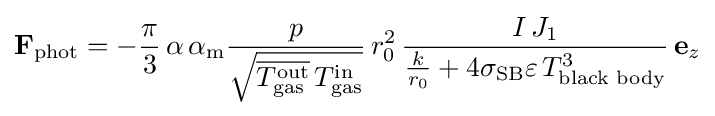
\mathbf {F} _{\text{phot}}=-{\frac {\pi }{3}}\,\alpha \,\alpha _{\text{m}}{\frac {p}{\sqrt {{\overline {T_{\text{gas}}^{\text{out}}}}\,T_{\text{gas}}^{\text{in}}}}}\,r_{0}^{2}\,{\frac {I\,J_{1}}{{\frac {k}{r_{0}}}+4\sigma _{\text{SB}}\varepsilon \,T_{\text{black body}}^{3}}}\,\mathbf {e} _{z}